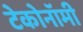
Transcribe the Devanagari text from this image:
टेकोनॉमी